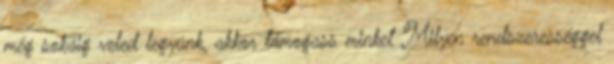
még sokáig veled legyünk, akkor támogass minket Milyen rendszerességgel